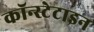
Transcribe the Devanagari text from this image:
कॉन्स्टेटाइन